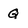
Character: Q